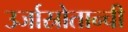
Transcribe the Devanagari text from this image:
उर्जास्रोतान्ची